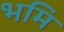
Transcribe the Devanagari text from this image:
भमि